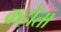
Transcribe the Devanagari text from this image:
कहोता